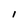
Character: l